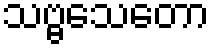
သဗ္ဗသေတော